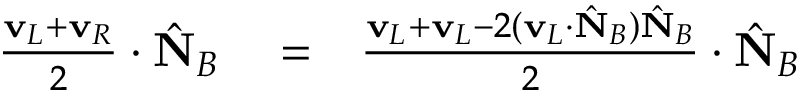
\begin{array} { r l r } { \frac { { \bf v } _ { L } + { \bf v } _ { R } } { 2 } \cdot \hat { \bf N } _ { B } } & { { } = } & { \frac { { \bf v } _ { L } + { \bf v } _ { L } - 2 ( { \bf v } _ { L } \cdot \hat { \bf N } _ { B } ) \hat { \bf N } _ { B } } { 2 } \cdot \hat { \bf N } _ { B } } \end{array}